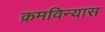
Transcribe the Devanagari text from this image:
क्रमविन्यास